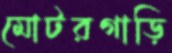
মোটরগাড়ি